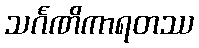
သင်္ဂဏိကာရတဿ